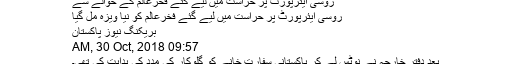
روسی ایئرپورٹ پر حراست میں لیے گئے فخرعالم کے حوالے سے
روسی ایئرپورٹ پر حراست میں لیے گئے فخرعالم کو نیا ویزہ مل گیا
بریکنگ نیوز پاکستان
09:57 AM, 30 Oct, 2018
بعد دفتر خارجہ نے نوٹس لے کر پاکستانی سفارت خانے کو گلوکار کی مدد کی ہدایت کی تھی۔